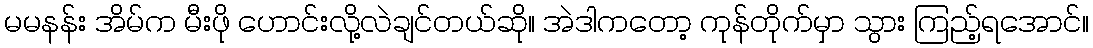
မမနန်း အိမ်က မီးဖို ဟောင်းလို့လဲချင်တယ်ဆို။ အဲဒါကတော့ ကုန်တိုက်မှာ သွား ကြည့်ရအောင်။